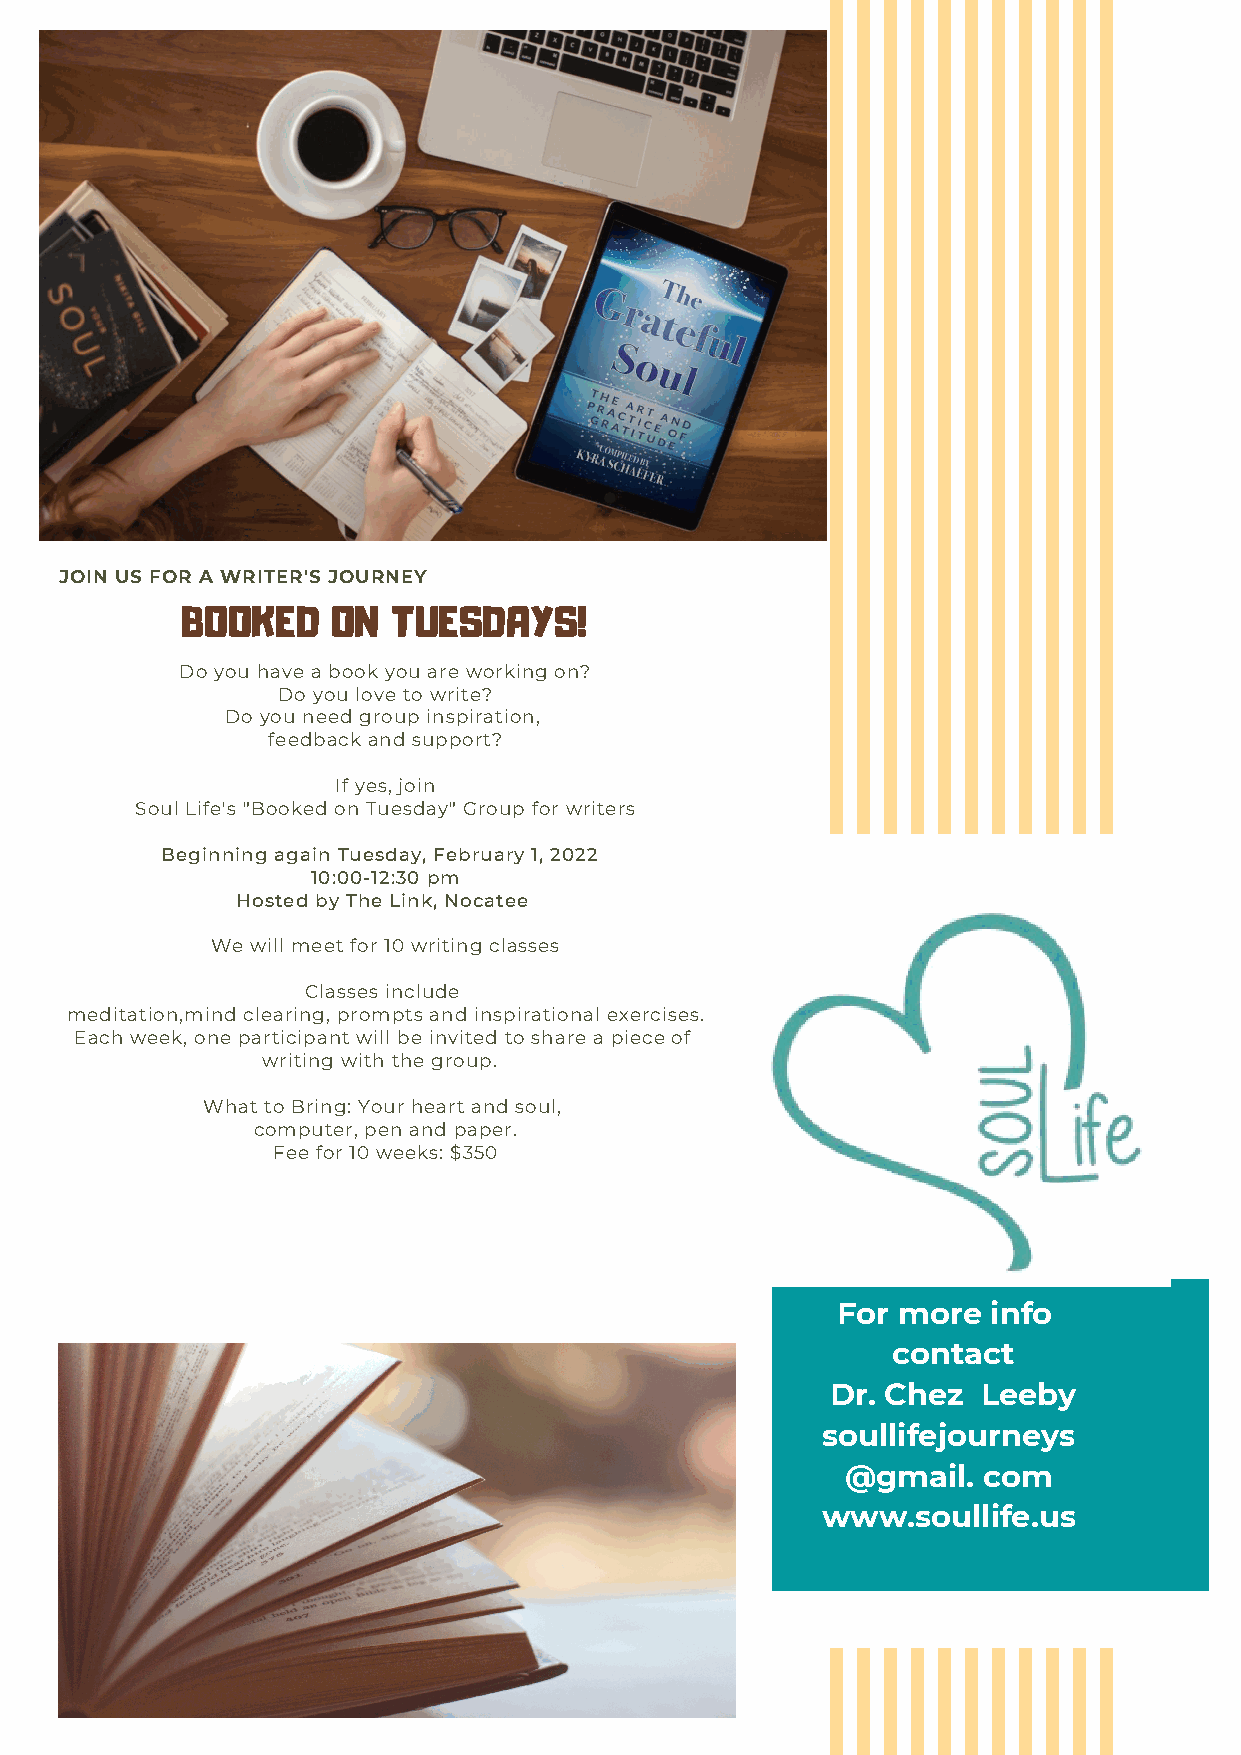
JOIN US FOR A WRITER'S JOURNEY
 BOOKED    ON  TUESDAYS!
 Do you have a book you are working on?
 Do you love to write?
 Do you need group inspiration,
 feedback and support?
 If yes, join
 Soul Life's "Booked on Tuesday" Group for writers
 Beginning again Tuesday, February 1, 2022
 10:00-12:30 pm
 Hosted by The Link, Nocatee
 We will meet for 10 writing classes
 Classes include
 meditation,mind clearing, prompts and inspirational exercises.
 Each week, one participant will be invited to share a piece of
 writing with the group.
 What to Bring: Your heart and soul,
 computer, pen and paper.
 Fee for 10 weeks: $350
 For more   info
 contact
 Dr. Chez  Leeby
 soullifejourneys
 @gmail.  com
 www.soullife.us